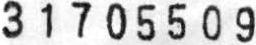
3 1 7 0 5 5 0 9